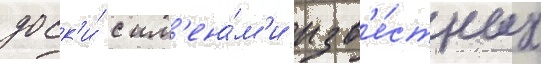
доск'и́ с им'ена́м'и изв'е́стных